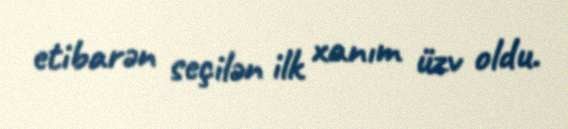
etibarən seçilən ilk xanım üzv oldu.